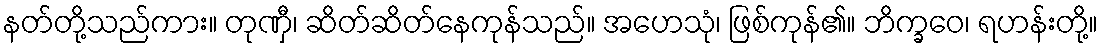
နတ်တို့သည်ကား။ တုဏှီ၊ ဆိတ်ဆိတ်နေကုန်သည်။ အဟေသုံ၊ ဖြစ်ကုန်၏။ ဘိက္ခဝေ၊ ရဟန်းတို့။